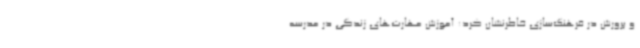
و پرورش در فرهنگ‌سازی خاطرنشان کرد: آموزش مهارت‌های زندگی در مدرسه